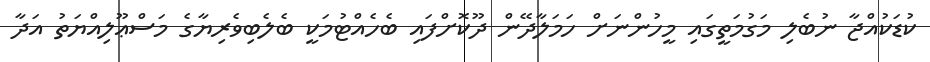
ކުޑަކުއްޖާ ނުބެލި މަގުމަތީގައި މީހުންނަށް ހަމަލާދޭން ދޫކޮށްފައި ބެހެއްޓުމަކީ ބެލެބިވެރިޔާގެ މަސްޢޫލިއްޔަތު އަދާ